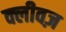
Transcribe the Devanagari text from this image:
क्लीवज़